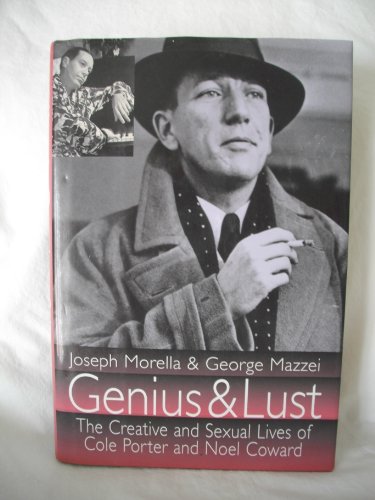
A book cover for Genius and Lust: The Creativity and Sexuality of Cole Porter and Noel Coward; Joe Morella; Gay & Lesbian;